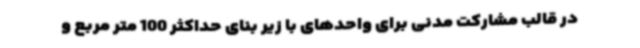
در قالب مشارکت مدنی برای واحدهای با زیر بنای حداکثر 100 متر مربع و